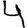
Digit: 4